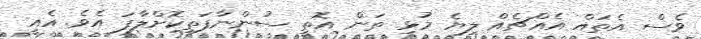
ވެސް އެތައް އެއްޗެއް ލިޔެ މުޅި ތަން އޮތީ ސުންނާފަތިކޮށްލާފަ އެވެ. އެއީ